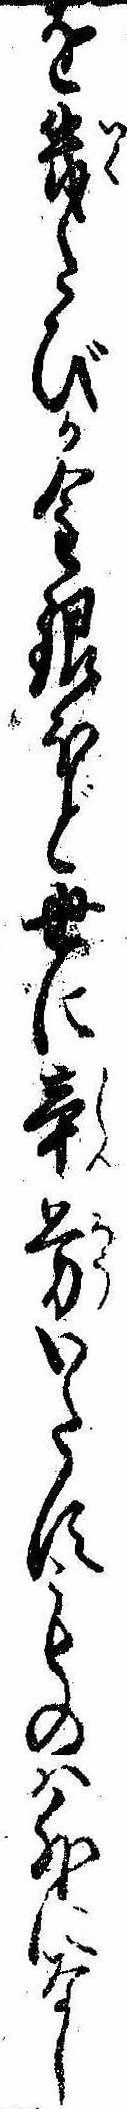
を幾たびか金銀ほど世に辛労いたすものは外になし